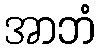
အာဘံ